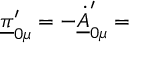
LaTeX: \underline { { { \pi } } } _ { 0 \mu } ^ { \prime } = - \underline { { { \dot { A } } } } _ { 0 \mu } ^ { \prime } =